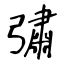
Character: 彇